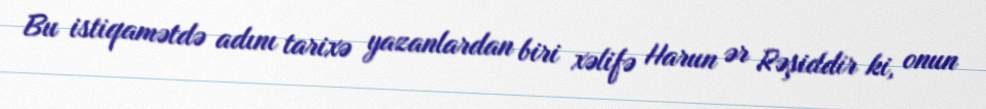
Bu istiqamətdə adını tarixə yazanlardan biri xəlifə Harun ər Rəşiddir ki, onun